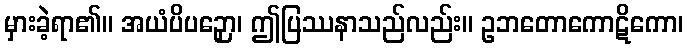
မှားခဲ့ရာ၏။ အယံပိပဉှော၊ ဤပြဿနာသည်လည်း။ ဥဘတောကောဋိကော၊